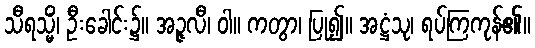
သီရသ္မိံ၊ ဦးခေါင်း၌။ အဉ္ဇလီ၊ ဝါ။ ကတွာ၊ ပြု၍။ အဋ္ဌံသု၊ ရပ်ကြကုန်၏။